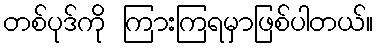
တစ်ပုဒ်ကို ကြားကြရမှာဖြစ်ပါတယ်။